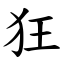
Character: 狂